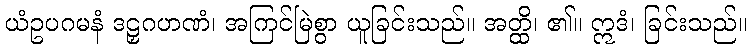
ယံဥပဂမနံ ဒဠှဂဟဏံ၊ အကြင်မြဲစွာ ယူခြင်းသည်။ အတ္ထိ၊ ၏။ ဣဒံ၊ ခြင်းသည်။